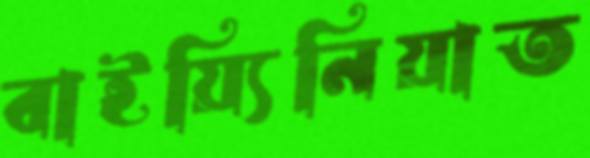
বাইয়্যিনিয়াত